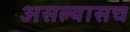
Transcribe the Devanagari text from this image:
असल्यासच